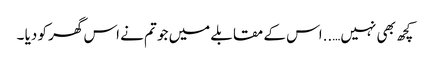
کچھ بھی نہیں…..اس کے مقابلے میں جو تم نے اس گھر کو دیا ۔